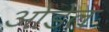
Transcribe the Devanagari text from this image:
ओडेल